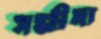
সন্জীদা